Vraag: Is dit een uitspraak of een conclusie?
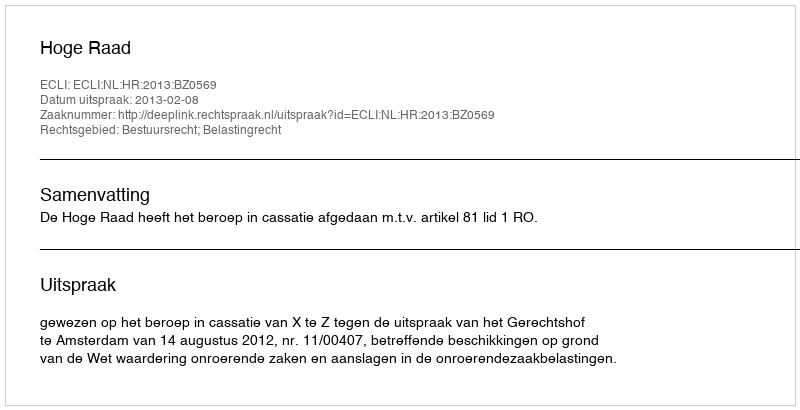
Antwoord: Uitspraak